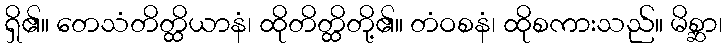
ရှိ၏။ တေသံတိတ္ထိယာနံ၊ ထိုတိတ္ထိတို့၏။ တံဝစနံ၊ ထိုစကားသည်။ မိစ္ဆာ၊